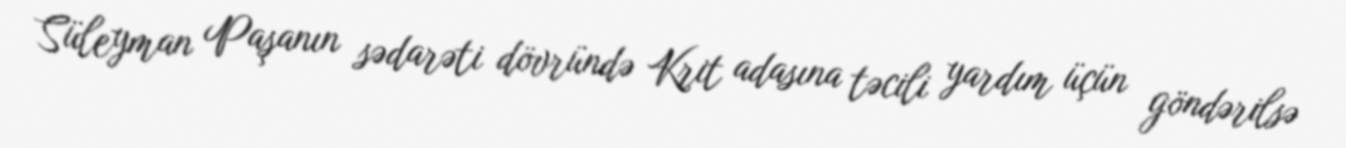
Süleyman Paşanın sədarəti dövründə Krit adasına təcili yardım üçün göndərilsə